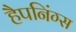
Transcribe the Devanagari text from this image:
हैपनिंग्स